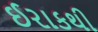
ઈરાકથી